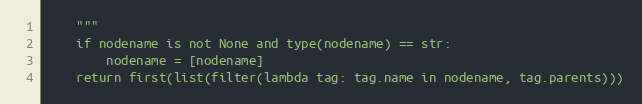
Language: Python
    """
    if nodename is not None and type(nodename) == str:
        nodename = [nodename]
    return first(list(filter(lambda tag: tag.name in nodename, tag.parents)))